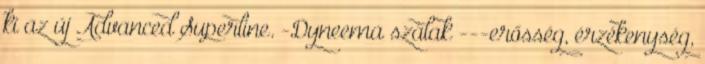
ki az új Advanced Superline. -Dyneema szálak ---erősség, érzékenység,